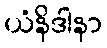
ယံနိဒါနာ